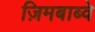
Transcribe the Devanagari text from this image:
ज़िमबाब्वे